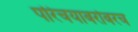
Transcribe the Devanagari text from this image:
परिचयाबरोबरच